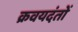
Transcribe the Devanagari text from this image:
क्रवयदंतों